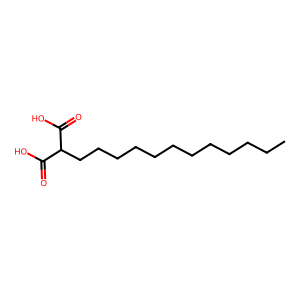
SMILES: CCCCCCCCCCCCC(C(=O)O)C(=O)O
Inhibits HIV replication: No